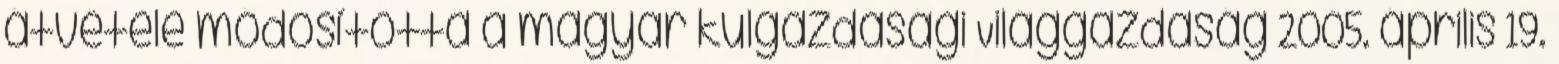
átvétele módosította a magyar külgazdasági Világgazdaság 2005. április 19.